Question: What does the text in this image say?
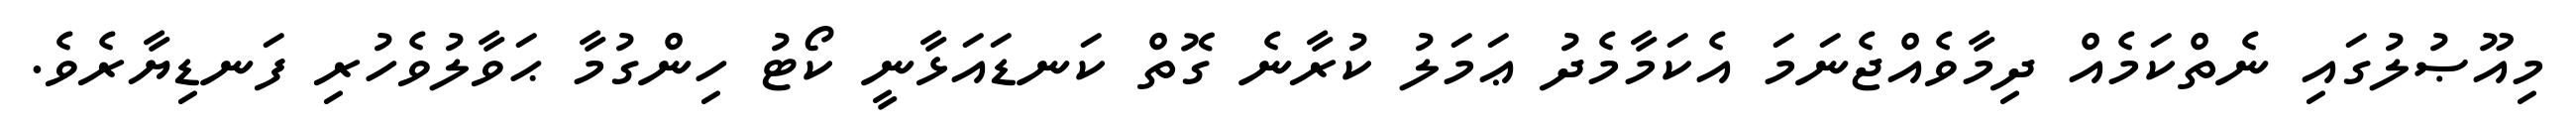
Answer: މިއޫޞުލުގައި ނެތްކަމެއް ދިމާވެއްޖެނަމަ އެކަމާމެދު ޢަމަލު ކުރާނެ ގޮތް ކަނޑައަޅާނީ ކޯޓު ހިންގުމާ ޙަވާލުވެހުރި ފަނޑިޔާރެވެ.